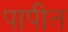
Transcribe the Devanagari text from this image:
पापीत